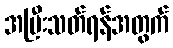
အပြီးသတ်ရန်အတွက်